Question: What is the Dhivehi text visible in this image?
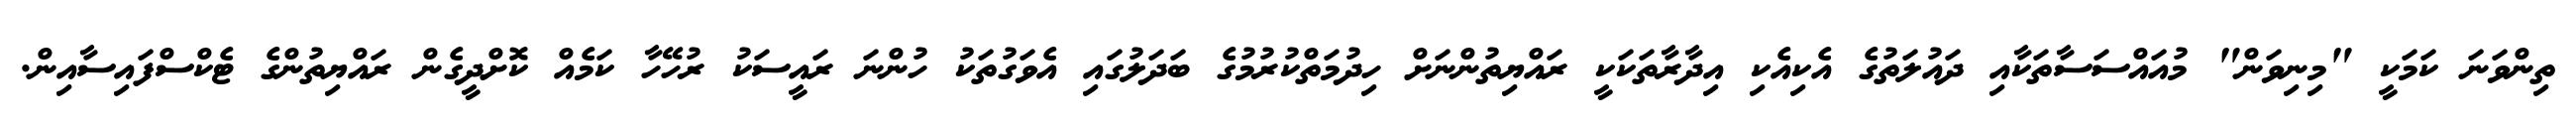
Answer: ތިންވަނަ ކަމަކީ "މިނިވަން" މުއައްސަސާތަކާއި ދައުލަތުގެ އެކިއެކި އިދާރާތަކަކީ ރައްޔިތުންނަށް ހިދުމަތްކުރުމުގެ ބަދަލުގައި އެވަގުތަކު ހުންނަ ރައީސަކު ރުހޭހާ ކަމެއް ކޮށްދީގެން ރައްޔިތުންގެ ޓެކްސްފައިސާއިން.